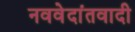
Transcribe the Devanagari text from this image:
नववेदांतवादी